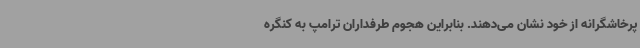
پرخاشگرانه از خود نشان می‌دهند. بنابراین هجوم طرفداران ترامپ به کنگره